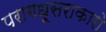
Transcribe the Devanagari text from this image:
परागधूसराकारो